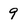
Character: 9